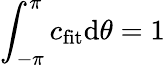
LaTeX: \int_{-\pi}^{\pi}c_{\mathrm{fit}}\mathrm{d}\theta=1